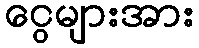
ငွေများအား